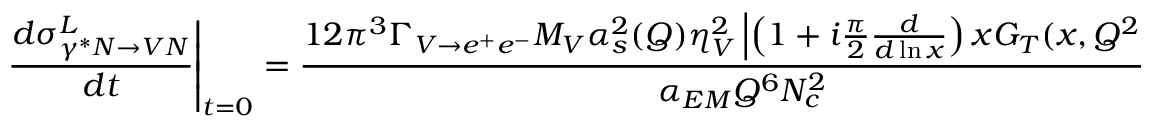
\left. { \frac { d \sigma _ { \gamma ^ { * } N \rightarrow V N } ^ { L } } { d t } } \right| _ { t = 0 } = { \frac { 1 2 \pi ^ { 3 } \Gamma _ { V \rightarrow e ^ { + } e ^ { - } } M _ { V } \alpha _ { s } ^ { 2 } ( Q ) \eta _ { V } ^ { 2 } \left| \left( 1 + i { \frac { \pi } { 2 } } { \frac { d } { d \ln x } } \right) x G _ { T } ( x , Q ^ { 2 } ) \right| ^ { 2 } } { \alpha _ { E M } Q ^ { 6 } N _ { c } ^ { 2 } } } \ .